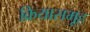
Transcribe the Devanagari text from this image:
क्रियासमूह